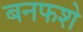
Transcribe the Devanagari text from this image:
बनफशे